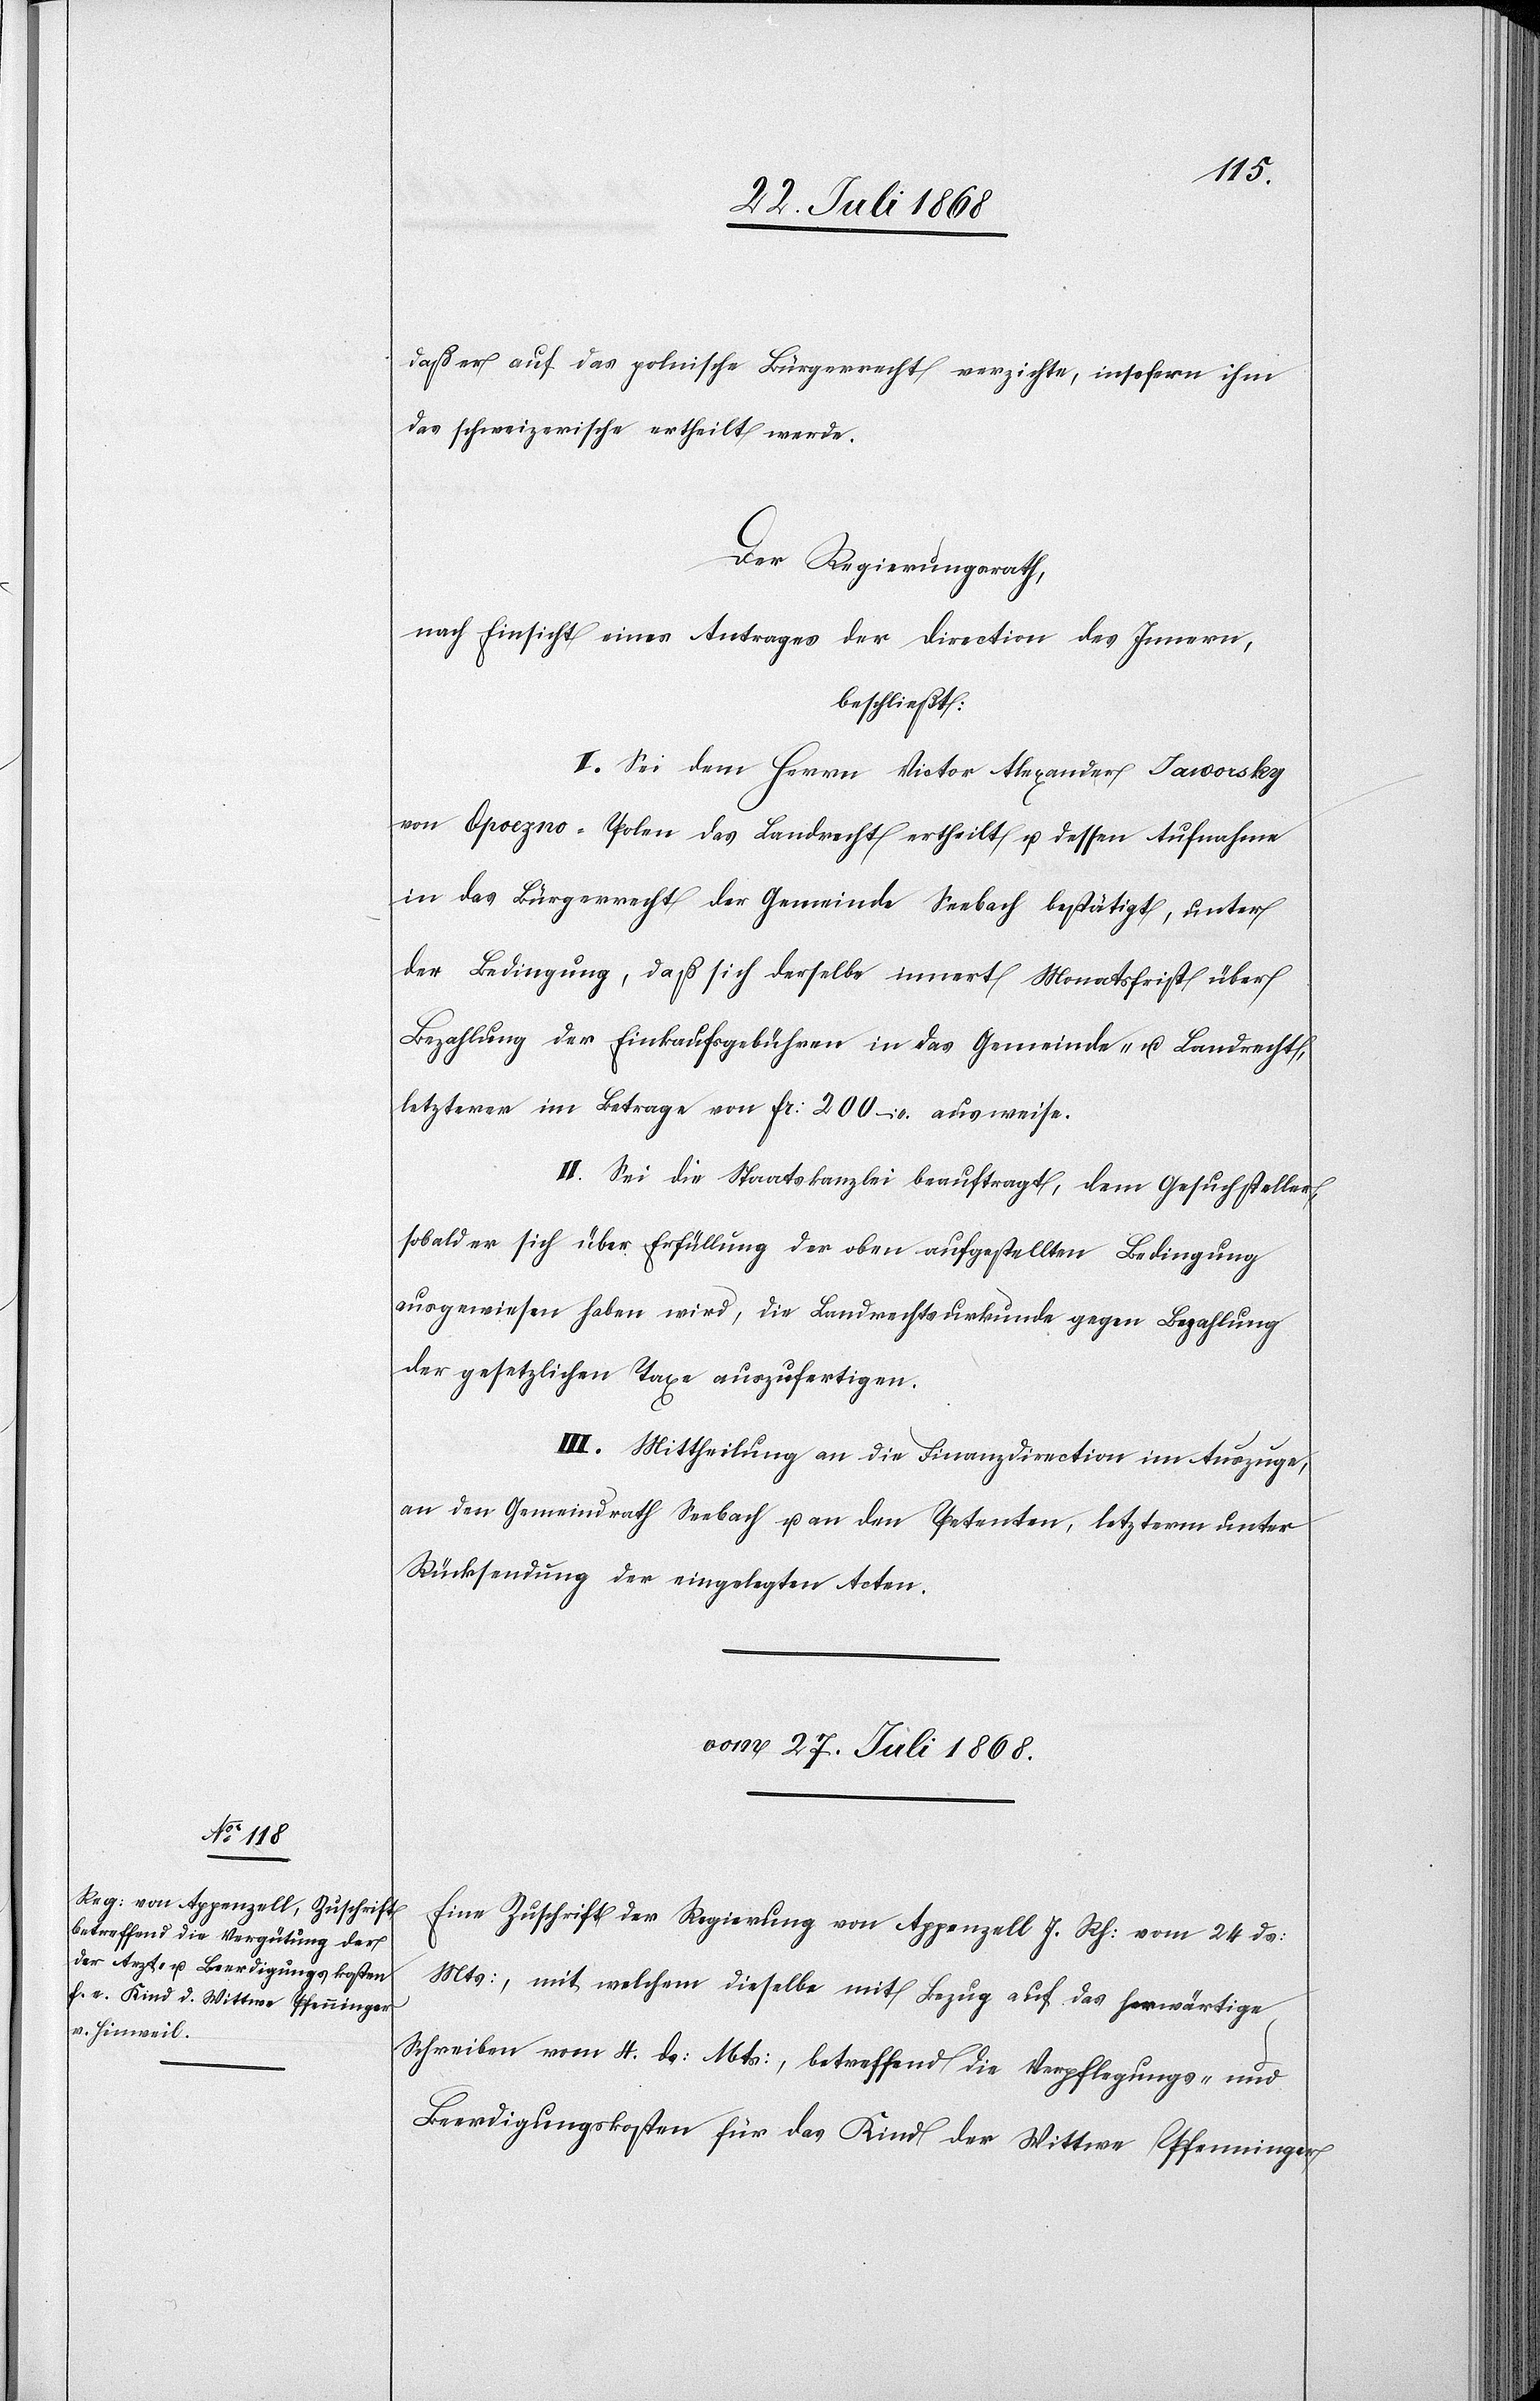
daß er auf das polnische Bürgerrecht verzichte, insofern ihm
das schweizerische ertheilt werde.
Der Regierungsrath,
nach Einsicht eines Antrages der Direction des Innern,
beschließt:
I. Sei dem Herrn Victor Alexander Jaworsky
von Opoczno - Polen das Landrecht ertheilt u. dessen Aufnahme
in das Bürgerrecht der Gemeinde Seebach bestätigt, unter
der Bedingung, daß sich derselbe innert Monatsfrist über
Bezahlung der Einkaufsgebühren in das Gemeinde- u. Landrecht,
letzterer im Betrage von Fr: 200 – ausweise.
II. Sei die Staatskanzlei beauftragt, dem Gesuchsteller,
sobald er sich über Erfüllung der oben aufgestellten Bedingung
ausgewiesen haben wird, die Landrechtsurkunde gegen Bezahlung
der gesetzlichen Taxe auszufertigen.
III. Mittheilung an die Finanzdirection im Auszuge,
an den Gemeindrath Seebach u. an den Petenten, letzterm unter
Rücksendung der eingelegten Acten.
vom 27. Juli 1868.
Eine Zuschrift der Regierung von Appenzell I. Rh: vom 24 ds:
Mts:, mit welchem dieselbe mit Bezug auf das herwärtige
Schreiben vom 4. ds: Mts:, betreffend die Verpflegungs- und
Beerdigungskosten für das Kind der Wittwe Pfenninger